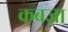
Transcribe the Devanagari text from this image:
कबज़ा